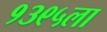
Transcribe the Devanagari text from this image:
१३९५ला